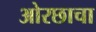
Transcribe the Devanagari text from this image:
ओरछाचा